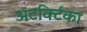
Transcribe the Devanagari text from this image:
अंटर्क्टिका